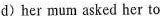
d) her mum asked her to